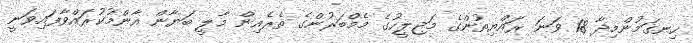
ހިނގަމުންމިދާ 18 ވަނަ ރައްޔިތުންގެ މަޖިލީހުގެ މެމްބަރުންގެ ތެރެއިން މާލީ ބަޔާން އާންމުކުރައްވާފައިވަނީ